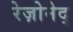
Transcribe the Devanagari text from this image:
रेज़ोनेद्